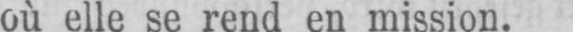
où elle se rend en mission.